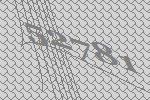
52781